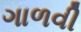
ગાળવી